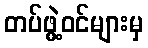
တပ်ဖွဲ့ဝင်များမှ